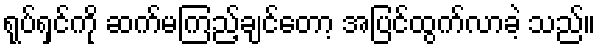
ရုပ်ရှင်ကို ဆက်မကြည့်ချင်တော့ အပြင်ထွက်လာခဲ့ သည်။